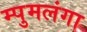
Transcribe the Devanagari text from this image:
म्पुमलंगा